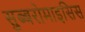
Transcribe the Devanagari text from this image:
सुब्बरोमाइसिस